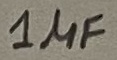
Text: 1µF